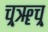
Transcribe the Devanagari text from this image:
च्र्ॠच्र्